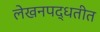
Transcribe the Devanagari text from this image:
लेखनपद्धतीत